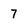
Character: 7